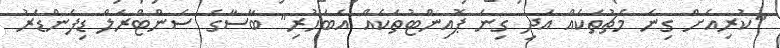
"ކުރިއަށް ގިނަ މެޗުތަކެއް އަދި ގިނަ ޕޮއިންޓުތަކެއް އެބަހުރި" ބާސާގެ ސެންޓްރަލް ޑިފެންޑަރު